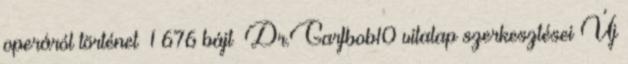
operáról történet ‎ 1 676 bájt ‎Dr.Garfbob10 vitalap szerkesztései Új